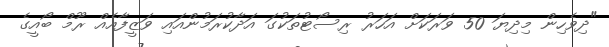
"ދިވެހިން މިދިޔަ 50 ވަރަކަށް އަހަރު ރިސޯޓުތަކުގަ އަދާކުރަމުންއައި ވަޒީފާއެއް ރޫމް ބޯއީގެ